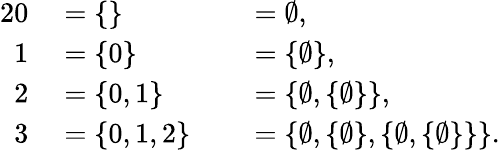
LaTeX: \begin{array}{rlrl}{{2}0}&{{}{}=\{ \} }&{}&{{}{}=\emptyset,}\\ {1}&{{}{}=\{ 0\} }&{}&{{}{}=\{ \emptyset\} ,}\\ {2}&{{}{}=\{ 0,1\} }&{}&{{}{}=\{ \emptyset,\{ \emptyset\} \} ,}\\ {3}&{{}{}=\{ 0,1,2\} }&{}&{{}{}=\{ \emptyset,\{ \emptyset\} ,\{ \emptyset,\{ \emptyset\} \} \} .}\end{array}